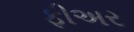
ફીઅર